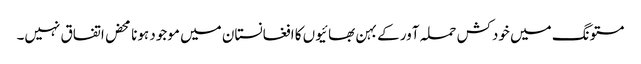
مستونگ میں خودکش حملہ آور کے بہن بھائیوں کا افغانستان میں موجود ہونا محض اتفاق نہیں۔